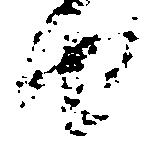
由